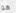
هو